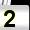
Digit: 2